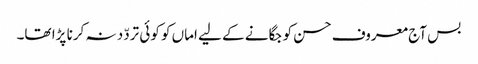
بس آج معروف حسن کو جگانے کے لیے اماں کو کوئی تردّد نہ کرنا پڑا تھا۔